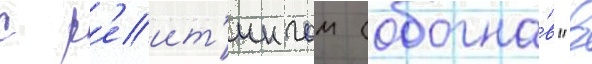
с р'еит'ингом (обогна́в "в